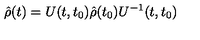
\hat { \rho } ( t ) = U ( t , t _ { 0 } ) \hat { \rho } ( t _ { 0 } ) U ^ { - 1 } ( t , t _ { 0 } )